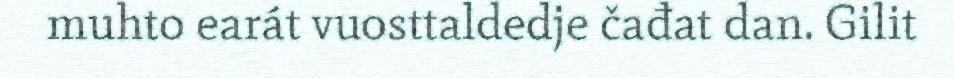
muhto earát vuosttaldedje čađat dan. Gilit